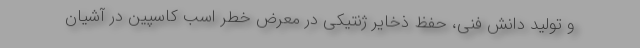
و تولید دانش فنی، حفظ ذخایر ژنتیکی در معرض خطر اسب کاسپین در آشیان